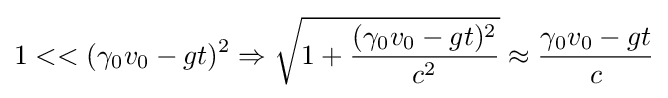
1<<(\gamma _{0}v_{0}-gt)^{2}\Rightarrow {\sqrt {1+{\frac {(\gamma _{0}v_{0}-gt)^{2}}{c^{2}}}}}\approx {\frac {\gamma _{0}v_{0}-gt}{c}}